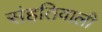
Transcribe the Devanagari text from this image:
संहतिवाली